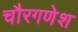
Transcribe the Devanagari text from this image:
चौरगणेश